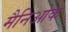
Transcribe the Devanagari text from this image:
मैनिओक